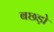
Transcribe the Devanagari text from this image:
बछड़ो